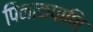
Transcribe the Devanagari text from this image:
पिनाकपाणि